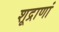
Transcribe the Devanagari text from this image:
शूद्राणां